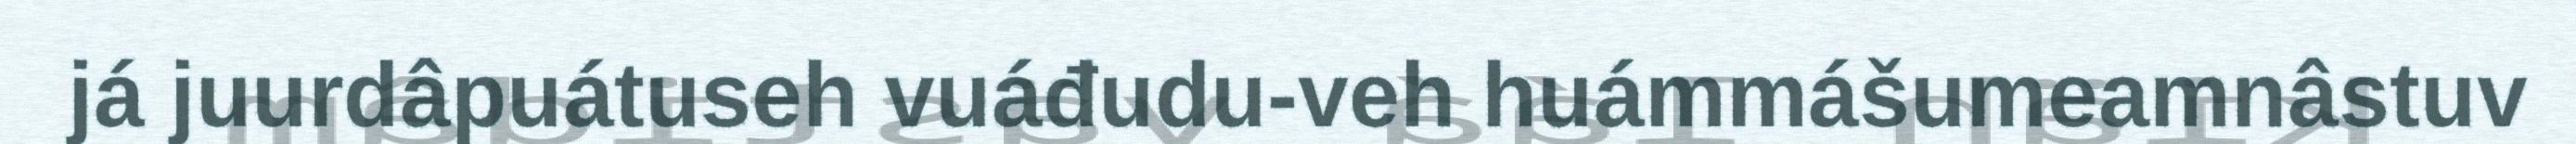
já juurdâpuátuseh vuáđudu-veh huámmášumeamnâstuv